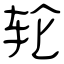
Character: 轮